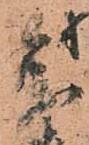
参